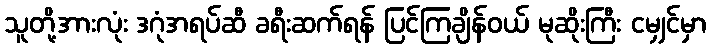
သူတို့အားလုံး ဒဂုံအရပ်ဆီ ခရီးဆက်ရန် ပြင်ကြချိန်ဝယ် မုဆိုးကြီး ငမျှင်မှာ